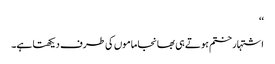
‘‘
اشتہار ختم ہوتے ہی بھانجا ماموں کی طرف دیکھتا ہے۔